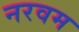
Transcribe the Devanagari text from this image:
नरवम